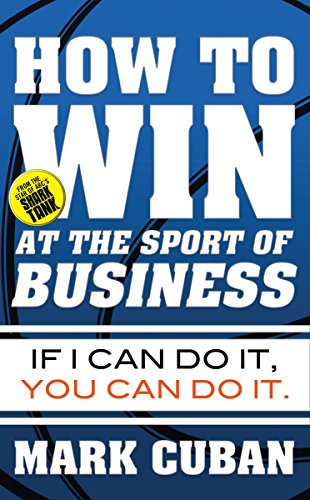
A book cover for How to Win at the Sport of Business: If I Can Do It, You Can Do It; Mark Cuban; Business & Money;